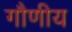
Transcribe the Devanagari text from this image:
गौणीय